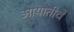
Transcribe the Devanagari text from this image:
आयातीचे